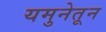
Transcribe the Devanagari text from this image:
यमुनेतून